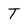
Character: T